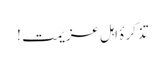
تذکرۂ اہلِ عزیمت !